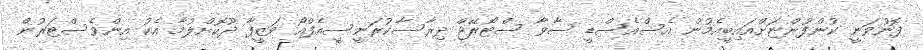
ފޮނުވަނީ ކުންފުންޏަށްއައިބީއެމުން އެސްއެސްޑީ ސާވާ ސްޓޯރޭޖް ދިރާސާކުރަނީސީއެފްއޯ ވަޒީފާ ދޫކޮށްލުމާ އެކު އިންވެސްޓަރުން